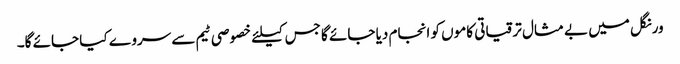
ورنگل میں بے مثال ترقیاتی کاموں کو انجام دیا جائے گا جس کیلئے خصوصی ٹیم سے سروے کیا جائے گا۔